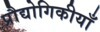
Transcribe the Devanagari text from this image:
प्रौद्योगिकीयाँ